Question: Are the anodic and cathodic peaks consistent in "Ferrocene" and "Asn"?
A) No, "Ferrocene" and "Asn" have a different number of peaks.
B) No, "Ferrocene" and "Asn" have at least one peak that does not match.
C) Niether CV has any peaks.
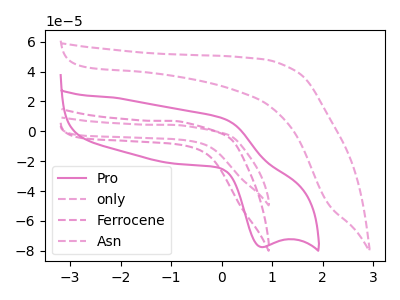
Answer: <think>The pink curve "Pro" has an anodic peak at (0.05V, 8.40uA) and a cathodic peak at (0.80V, -77.45uA). The pink dashed curve "only" has no peaks. The pink dashed curve "Ferrocene" has no peaks. The pink dashed curve "Asn" has no peaks.</think>
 <answer>C) Niether CV has any peaks.</answer>
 <eval>C</eval>